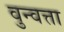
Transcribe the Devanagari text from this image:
वुन्वत्ता